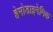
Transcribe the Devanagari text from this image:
हेमोडाइनेमिक